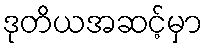
ဒုတိယအဆင့်မှာ